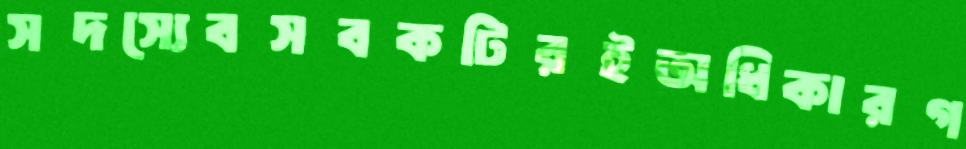
সদস্যেবসবকটিরইঅধিকারগ